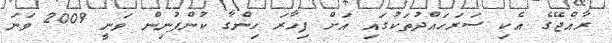
ރާއްޖޭގެ އެކި ސަރަހައްދުތަކުގައި އަށް ފިހާރަ ހިންގާ ކުންފުނިން ވަނީ 2009 ވަނަ